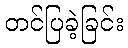
တင်ပြခဲ့ခြင်း